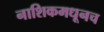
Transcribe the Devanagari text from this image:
नाशिकमधूनच